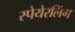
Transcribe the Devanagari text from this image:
स्पेयेरलिंग